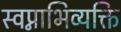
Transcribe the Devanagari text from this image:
स्वप्नाभिव्यक्ति